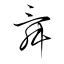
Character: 舜